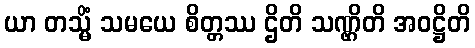
ယာ တသ္မိံ သမယေ စိတ္တဿ ဌိတိ သဏ္ဌိတိ အဝဋ္ဌိတိ